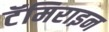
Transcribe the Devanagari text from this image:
टॅमिराइन